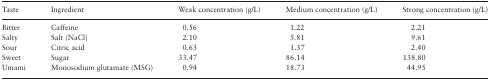
<table><thead><tr><td><b>Taste</b></td><td><b>Ingredient</b></td><td><b>Weak concentration (g/L)</b></td><td><b>Medium concentration (g/L)</b></td><td><b>Strong concentration (g/L)</b></td></tr></thead><tbody><tr><td>Bitter</td><td>Caffeine</td><td>0.56</td><td>1.22</td><td>2.21</td></tr><tr><td>Salty</td><td>Salt (NaCl)</td><td>2.10</td><td>5.81</td><td>9.61</td></tr><tr><td>Sour</td><td>Citric acid</td><td>0.63</td><td>1.37</td><td>2.40</td></tr><tr><td>Sweet</td><td>Sugar</td><td>33.47</td><td>86.14</td><td>138.80</td></tr><tr><td>Umami</td><td>Monosodium glutamate (MSG)</td><td>0.94</td><td>18.73</td><td>44.95</td></tr></tbody></table>